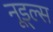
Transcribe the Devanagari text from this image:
नूड्ल्स